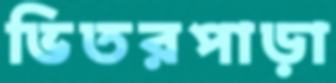
ভিতরপাড়া